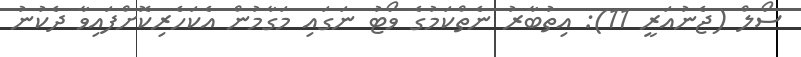
ސޯލް (ޖެނުއަރީ 11): އިތުބާރު ނެތްކަމުގެ ވޯޓު ނަގައި މަގާމުން އެކަހެރިކޮށްފައިވާ ދެކުނު